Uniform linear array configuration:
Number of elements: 16
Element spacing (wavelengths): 1
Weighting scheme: binomial
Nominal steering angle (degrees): -30
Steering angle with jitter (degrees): -28.636
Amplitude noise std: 0.05
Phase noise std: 0.05

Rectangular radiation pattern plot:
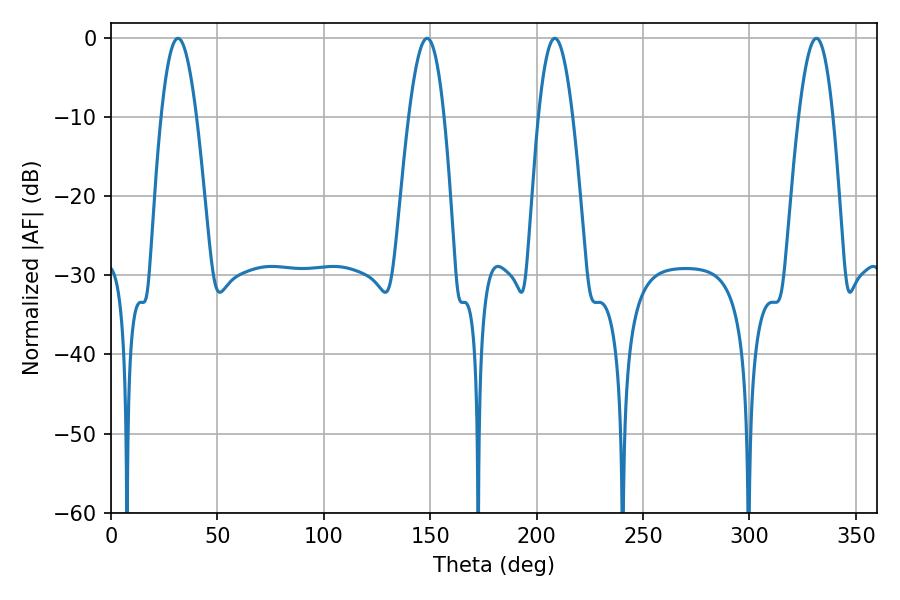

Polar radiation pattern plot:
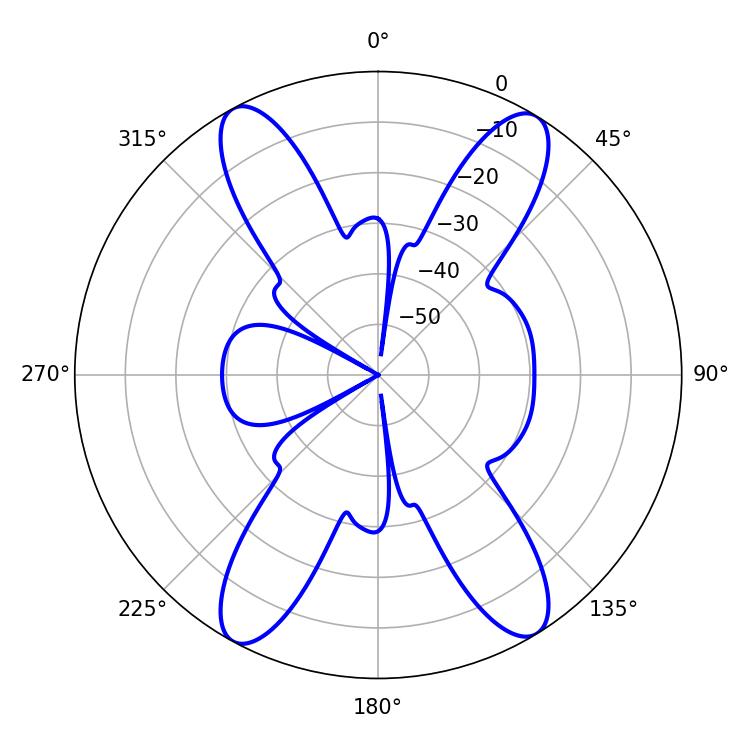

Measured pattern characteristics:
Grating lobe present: TRUE
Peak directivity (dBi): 19.859
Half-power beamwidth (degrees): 9.18
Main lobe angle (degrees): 31.5